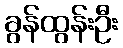
ခွန်ထွန်းဦး